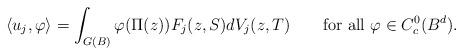
LaTeX: \begin{align*}\langle u_j, \varphi\rangle= \int_{G(B)} \varphi (\Pi(z)) F_j(z,S)d V_j(z,T)\qquad\textrm{for all \(\varphi\in C_c^0(B^d)\).}\end{align*}